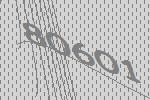
80601